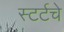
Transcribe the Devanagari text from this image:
स्टर्टचे